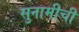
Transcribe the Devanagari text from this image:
सुनामीची